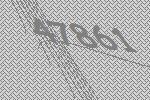
47861